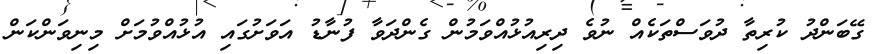
ގޭބަންދު ކުރިތާ ދުވަސްތަކެއް ނުވެ ދިރިއުޅުއްވަމުން ގެންދަވާ ފުނާޑު އަވަށުގައި އުޅުއްވުމަށް މިނިވަންކަން